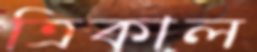
ত্রিকাল